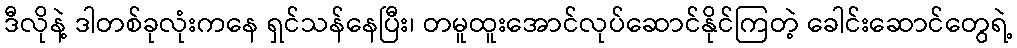
ဒီလိုနဲ့ ဒါတစ်ခုလုံးကနေ ရှင်သန်နေပြီး၊ တမူထူးအောင်လုပ်ဆောင်နိုင်ကြတဲ့ ခေါင်းဆောင်တွေရဲ့